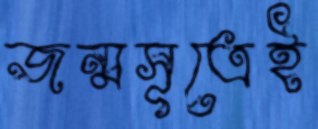
জন্মসূত্রেই